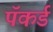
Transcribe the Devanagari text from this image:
पॅकर्ड